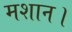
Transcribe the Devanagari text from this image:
मशान।